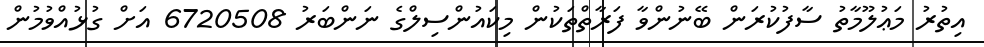
އިތުރު މަޢުލޫމާތު ސާފުކުރަން ބޭނުންވާ ފަރާތްތަކުން މިކައުންސިލްގެ ނަންބަރު 6720508 އަށް ގުޅުއްވުމުން